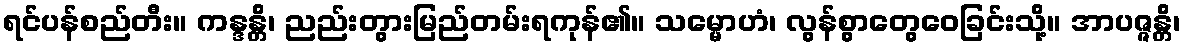
ရင်ပန်စည်တီး။ ကန္ဒန္တိ၊ ညည်းတွားမြည်တမ်းရကုန်၏။ သမ္မောဟံ၊ လွန်စွာတွေဝေခြင်းသို့။ အာပဇ္ဇန္တိ၊